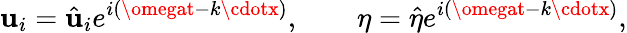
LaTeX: \mathbf{u}_{i}=\hat{{\mathbf{u}}}_{i}e^{i(\omegat-k\cdotx)},\qquad\eta=\hat{{\eta}}e^{i(\omegat-k\cdotx)},